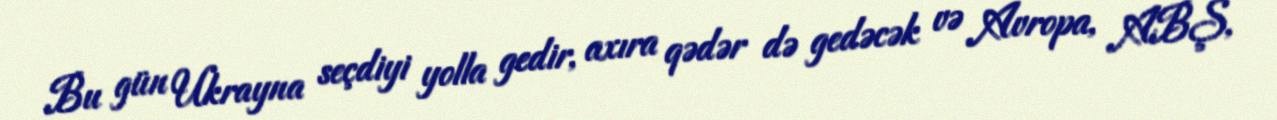
Bu gün Ukrayna seçdiyi yolla gedir, axıra qədər də gedəcək və Avropa, ABŞ,